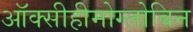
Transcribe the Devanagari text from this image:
ऑक्सीहीमोग्लोबिन